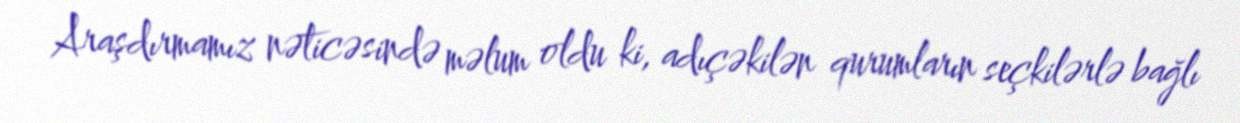
Araşdırmamız nəticəsində məlum oldu ki, adıçəkilən qurumların seçkilərlə bağlı